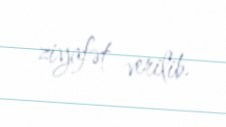
ziyafət verilib.